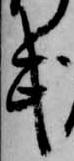
武